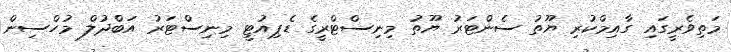
މަތިވެރީގައި ގާއިމްކުރި ޔޫތު ސެންޓަރު ޔޫތު މިނިސްޓްރީގެ ޑެޕިއުޓީ މިނިސްޓަރު އަބްދުލް މުހްސިން